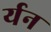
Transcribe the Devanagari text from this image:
र्यन